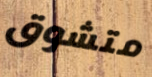
متشوق